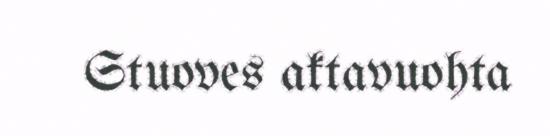
Stuoves aktavuohta